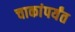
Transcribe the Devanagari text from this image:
चाकांपर्यंत